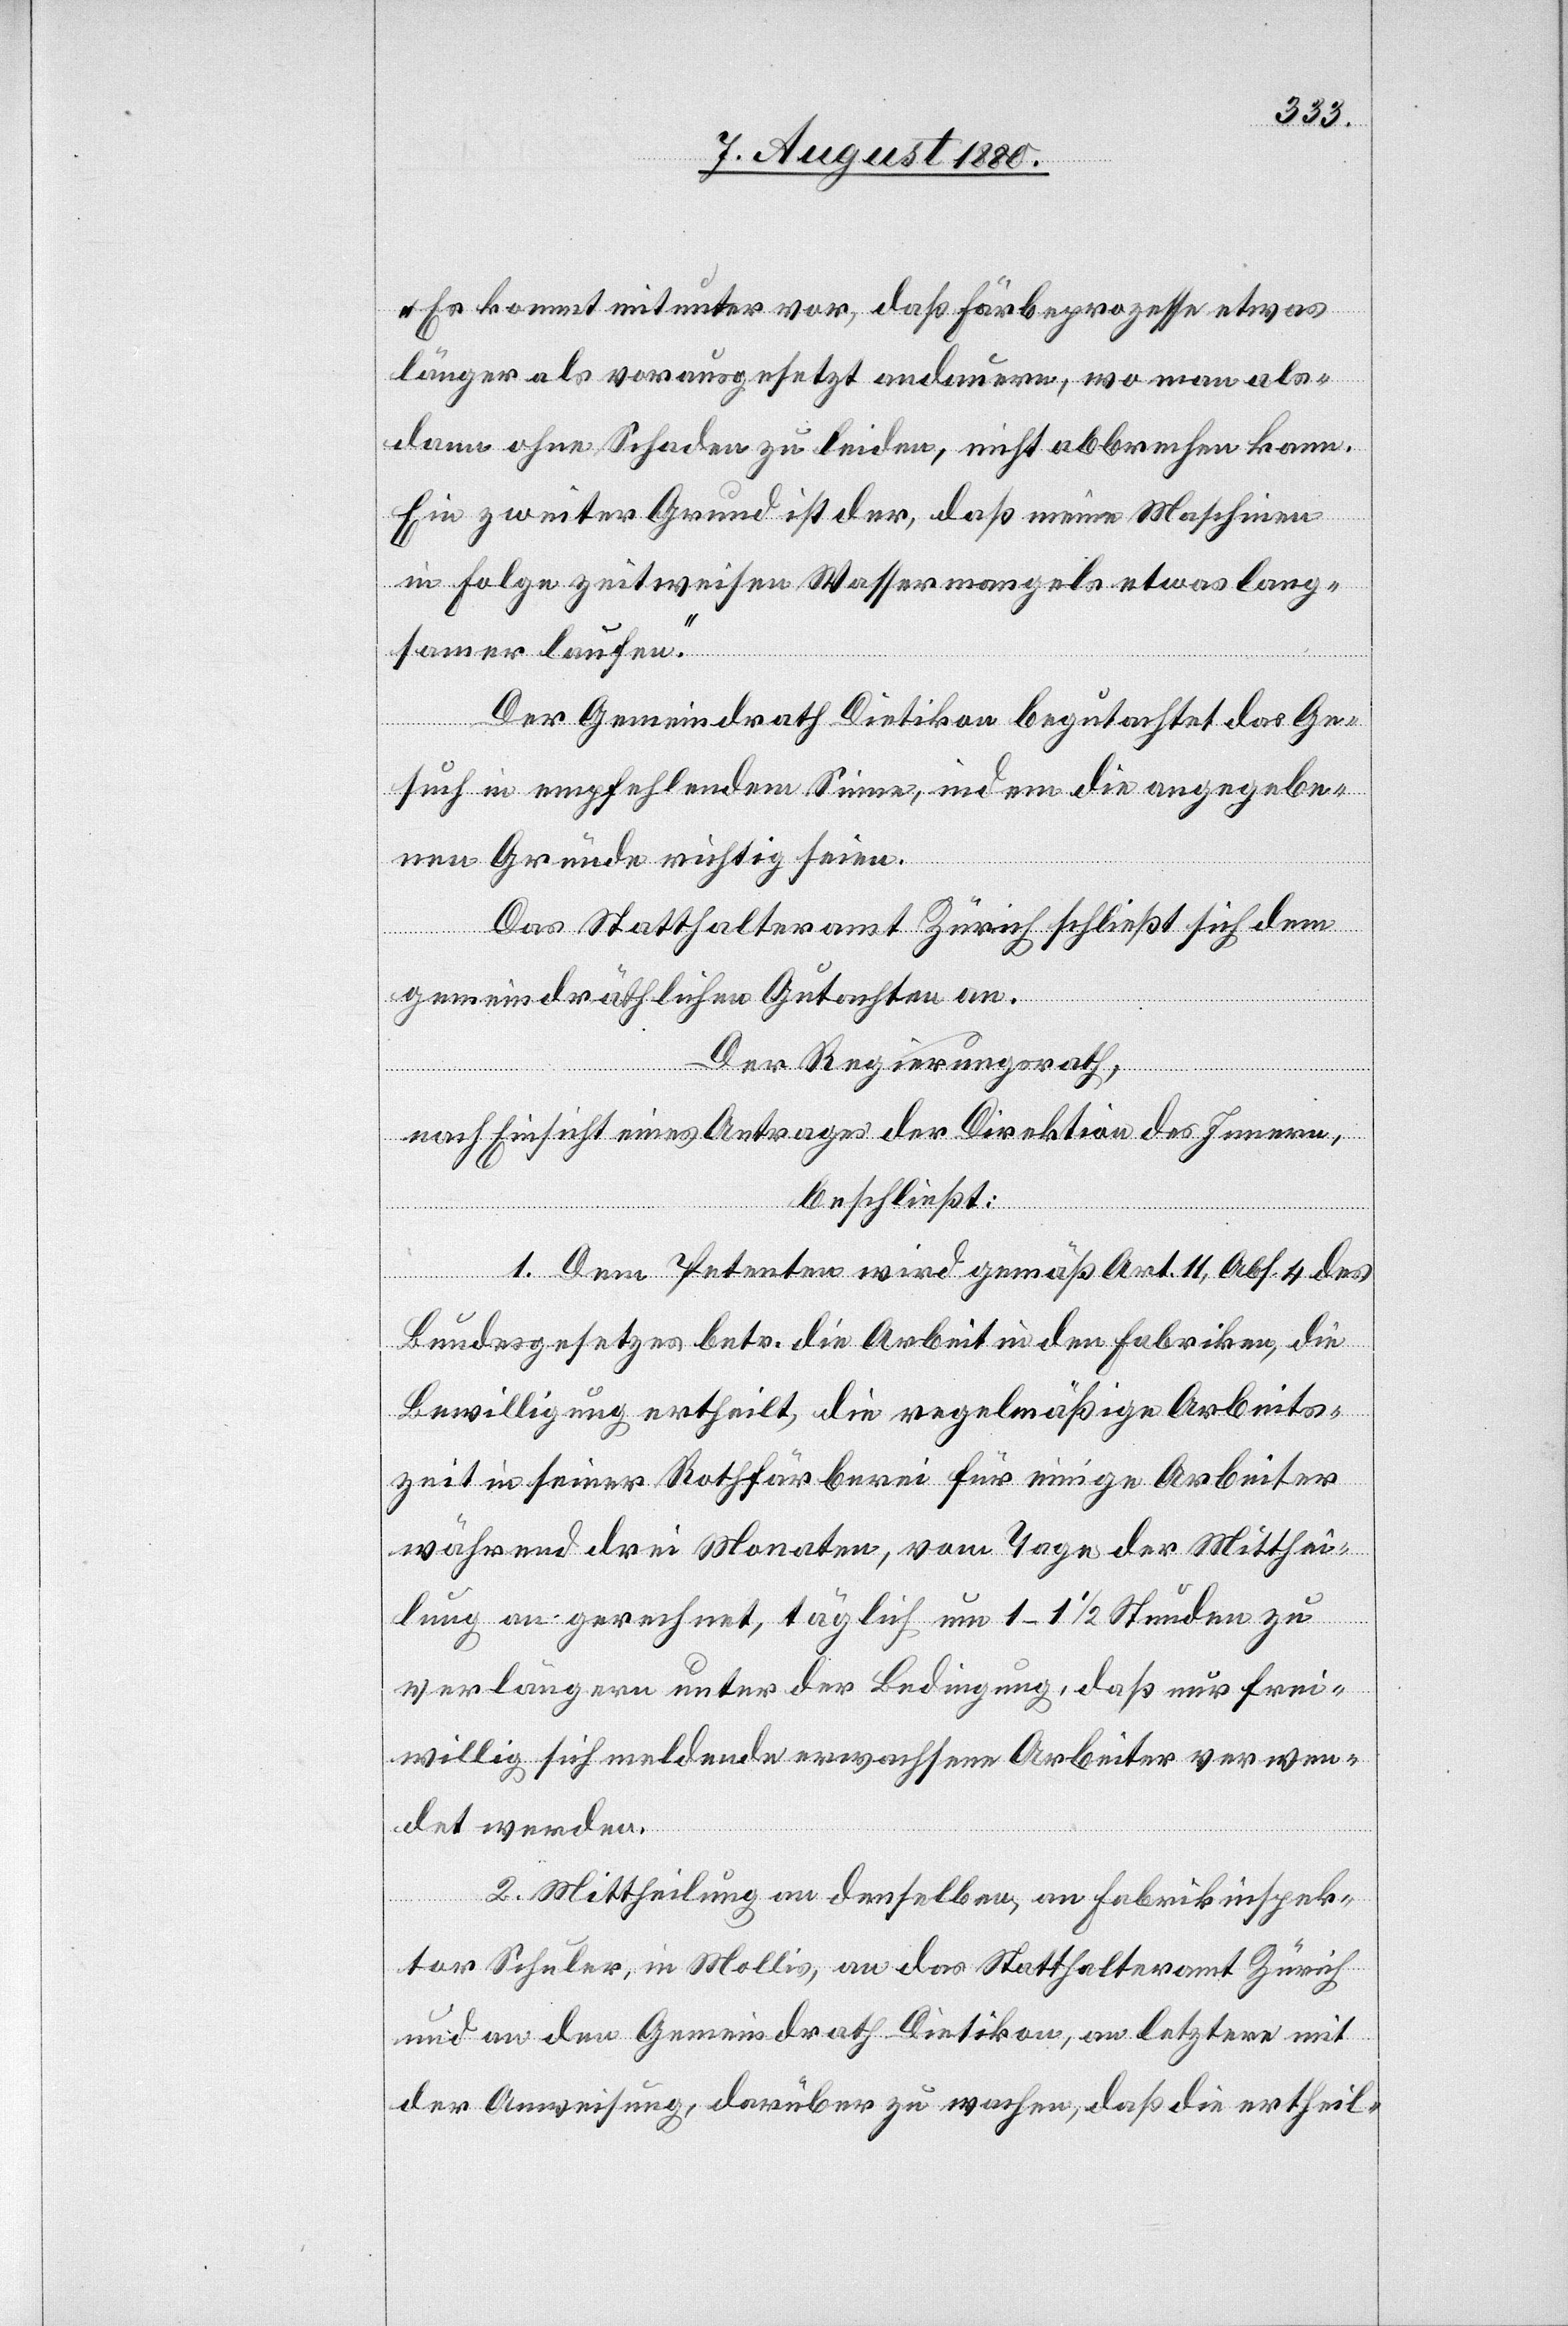
„Es kommt mitunter vor, daß Färbeprozesse etwas
länger als vorausgesetzt andauern, wo man als¬
dann ohne Schaden zu leiden, nicht abbrechen kann.
Ein zweiter Grund ist der, daß eine Maschine
in Folge zeitweisen Wassermangels etwas lang¬
samer laufen.“
Der Gemeindrath Dietikon begutachtet das Ge¬
such in empfehlendem Sinne, indem die angegebe¬
nen Gründe richtig seien.
Das Statthalteramt Zürich schließt sich dem
gemeindräthlichen Gutachten an.
Der Regierungsrath,
nach Einsicht eines Antrages der Direktion des Innern,
beschließt:
1. Dem Petenten wird gemäß Art. 11, Abs. 4 des
Bundesgesetztes betr. die Arbeit in den Fabriken, die
Bewilligung ertheilt, die regelmäßige Arbeits¬
zeit in seiner Rothfärberei für einige Arbeiter
während drei Monaten, vom Tage der Mitthei¬
lung an gerechnet, täglich um 1–1 1/2 Stunden zu
verlängern unter der Bedingung, daß nur frei¬
willig sich meldende erwachsene Arbeiter verwen¬
det werden.
2. Mittheilung an denselben, an Fabrikinspek¬
tor Schuler, in Mollis, an das Statthalteramt Zürich
und an den Gemeindrath Dietikon, an letztern mit
der Anweisung, darüber zu wachen, daß die ertheil-